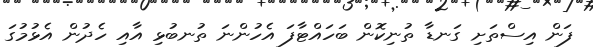
ފަން އިސްތަށި ގަނޑާ ތުނިކޮން ބަހައްޓާފަ އެހުންނަ ތުނބުޅި އާއި ހެދުން އެޅުމުގަ